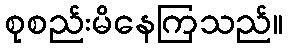
စုစည်းမိနေကြသည်။